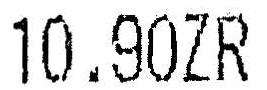
10.90ZR